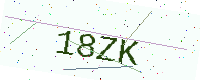
Text: 18ZK